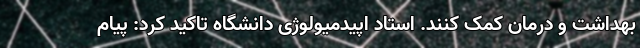
بهداشت و درمان کمک کنند. استاد اپیدمیولوژی دانشگاه تاکید کرد: پیام